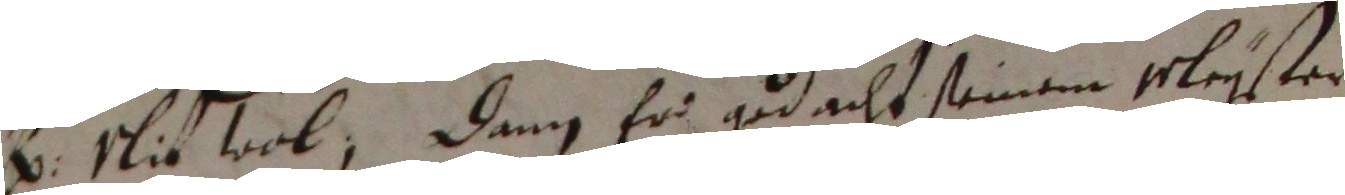
und nie wol, dann er gedacht seinem mleyster